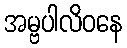
အမ္ဗပါလိဝနေ